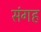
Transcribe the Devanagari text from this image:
संगह